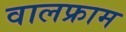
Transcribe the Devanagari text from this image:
वालफ्राम